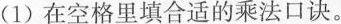
(1)在空格里填合适的乘法口诀。